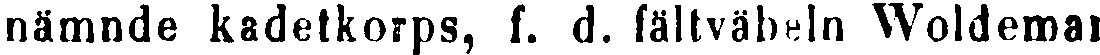
nämnde kadetkorps, f. d. fältväbeln Woldemar